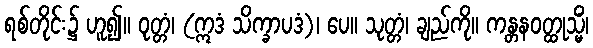
ရစ်တိုင်း၌ ဟူ၍။ ဝုတ္တံ၊ (ဣဒံ သိက္ခာပဒံ)၊ ပေ။ သုတ္တံ၊ ချည်ကို။ ကန္တနဝတ္ထုသ္မိံ၊